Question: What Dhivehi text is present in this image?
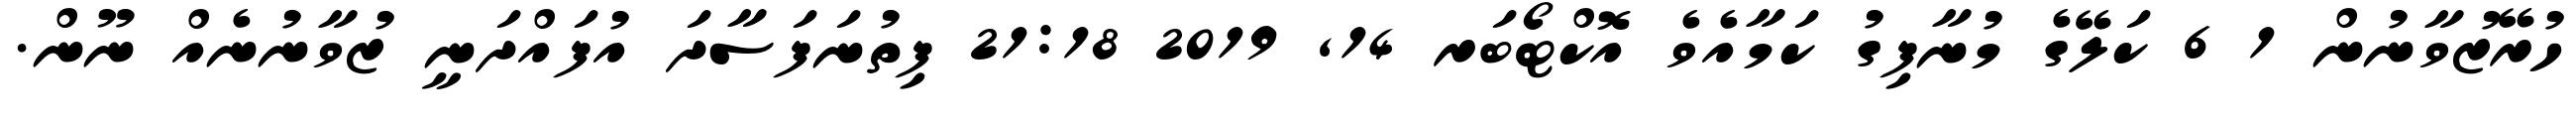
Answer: ހުރޭޒުވާނުން 1 6 ކަލޭގެ މުނާފިގު ކަމާއެވެ އޮކްޓޯބަރ 14, 2019 21:18 ފިތުނަފަސާދަ އުފައްދަނީ ޒުވާނުނެއް ނޫން.